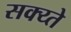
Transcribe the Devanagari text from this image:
सक्य्ते